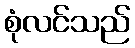
စုံလင်သည်